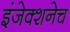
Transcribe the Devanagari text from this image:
इंजेक्शनेच